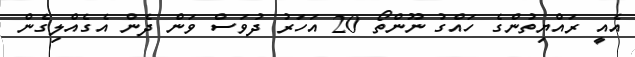
އެއީ ރައްޔިތުންގެ ހައްގު ނޫންތޯ 20 އަހަރު ދުވަސް ވަން ދެން އެގެއްލިގެން